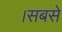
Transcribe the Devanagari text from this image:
।सबसे